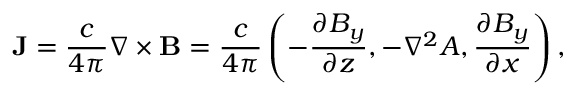
\mathbf { J } = \frac { c } { 4 \pi } \nabla \times \mathbf { B } = \frac { c } { 4 \pi } \left( - \frac { \partial B _ { y } } { \partial z } , - \nabla ^ { 2 } A , \frac { \partial B _ { y } } { \partial x } \right) ,